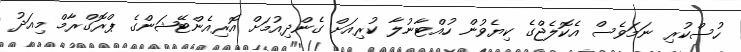
ހުސްކުރި ނަމަވެސް އެކޮލެޖްގެ ކިޔެވުން ހުއްޓާނުލާ ކުރިއަށް ގެންދިއުމަށް އޮރިއެންޓޭޝަންގެ ޕްރޮގްރާމް މިއަދު